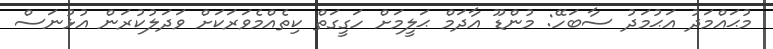
މުޙައްމަދު އަޙުމަދު ސާބަހޭ: މުންޑޫ އާދަމް ޙަލީމަށް ހަގީގަތް ކިތެއްމެވަރަކަށް ވަދަލުކުރަން އުޅުނަސް